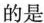
的是